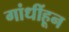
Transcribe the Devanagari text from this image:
गांधींहून